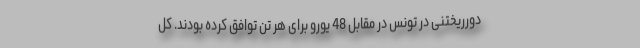
دورریختنی در تونس در مقابل 48 یورو برای هر تن توافق کرده بودند. کل